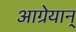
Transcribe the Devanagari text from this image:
आग्रेयान्